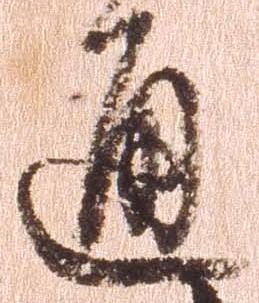
通